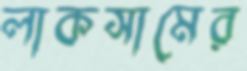
লাকসামের